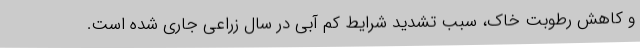
و کاهش رطوبت خاک، سبب تشدید شرایط کم آبی در سال زراعی جاری شده است.